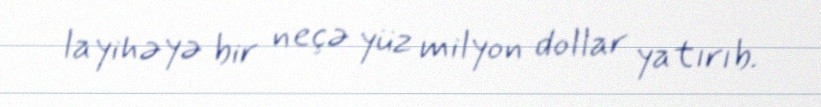
layihəyə bir neçə yüz milyon dollar yatırıb.